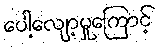
ပေါ့လျော့မှုကြောင့်